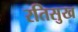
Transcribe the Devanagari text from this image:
रतिसुख